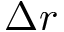
\Delta r